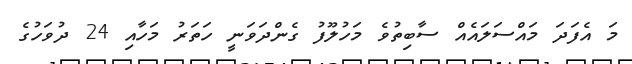
މަ އެފަދަ މައްސަލައެއް ސާބިތުވެ މަހުލޫފު ގެންދަވަނީ ހަތަރު މަހާއި 24 ދުވަހުގެ